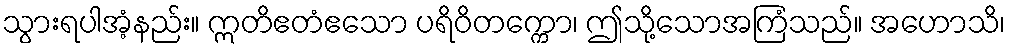
သွားရပါအံ့နည်း။ ဣတိဧတံဧသော ပရိဝိတက္ကော၊ ဤသို့သောအကြံသည်။ အဟောသိ၊